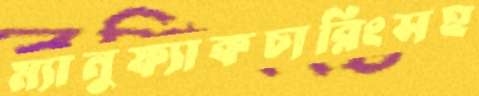
ম্যানুফ্যাকচারিংসহ